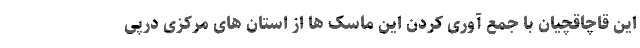
این قاچاقچیان با جمع آوری کردن این ماسک ها از استان های مرکزی درپی